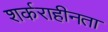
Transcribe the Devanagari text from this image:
शर्कराहीनता